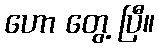
ဟော တွေ့ ပြီ။